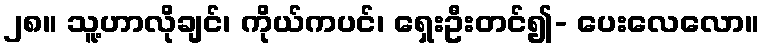
၂၈။ သူ့ဟာလိုချင်၊ ကိုယ်ကပင်၊ ရှေးဦးတင်၍- ပေးလေလော။